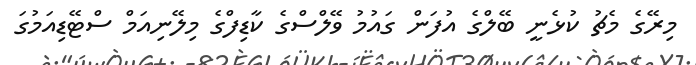
މިރޭގެ މެޗު ކުޅެނީ ބޭލްގެ އުފަން ގައުމު ވޭލްސްގެ ކާޑިފްގެ މިލޭނިއަމް ސްޓޭޑިއަމުގަ